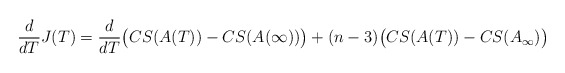
\begin{align*}\frac{d}{dT}J(T)=\frac{d}{dT}\big{(}CS(A(T))-CS(A(\infty))\big{)}+(n-3)\big{(}CS(A(T))-CS(A_{\infty})\big{)}\end{align*}